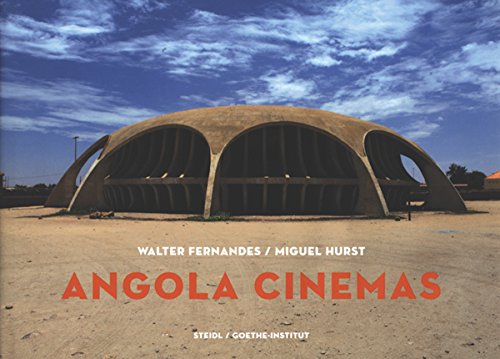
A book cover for Walter Fernandes: Angola Cinema: A Fiction of Freedom; Travel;